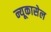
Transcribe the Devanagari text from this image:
न्यूकासेल